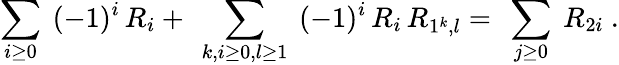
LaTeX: \sum_{i\geq 0}\ (-1)^{i}\, R_{i}+\ \sum_{k,i\geq 0,l\geq 1}\ (-1)^{i}\, R_{i}\, R_{1^{k},l}=\ \sum_{j\geq 0}\ R_{2i}\ .